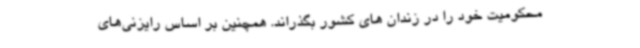
محکومیت خود را در زندان های کشور بگذراند. همچنین بر اساس رایزنی‌های